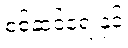
စစ်ဆင်ရေးနှင့်